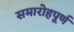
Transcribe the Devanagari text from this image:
समारोहपूर्ण